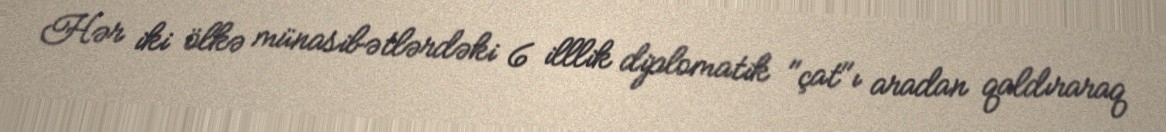
Hər iki ölkə münasibətlərdəki 6 illlik diplomatik "çat"ı aradan qaldıraraq